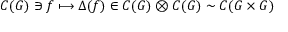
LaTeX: C ( G ) \ni f \longmapsto \Delta ( f ) \in C ( G ) \otimes C ( G ) \sim C ( G \times G )